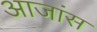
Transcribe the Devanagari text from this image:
आजांस